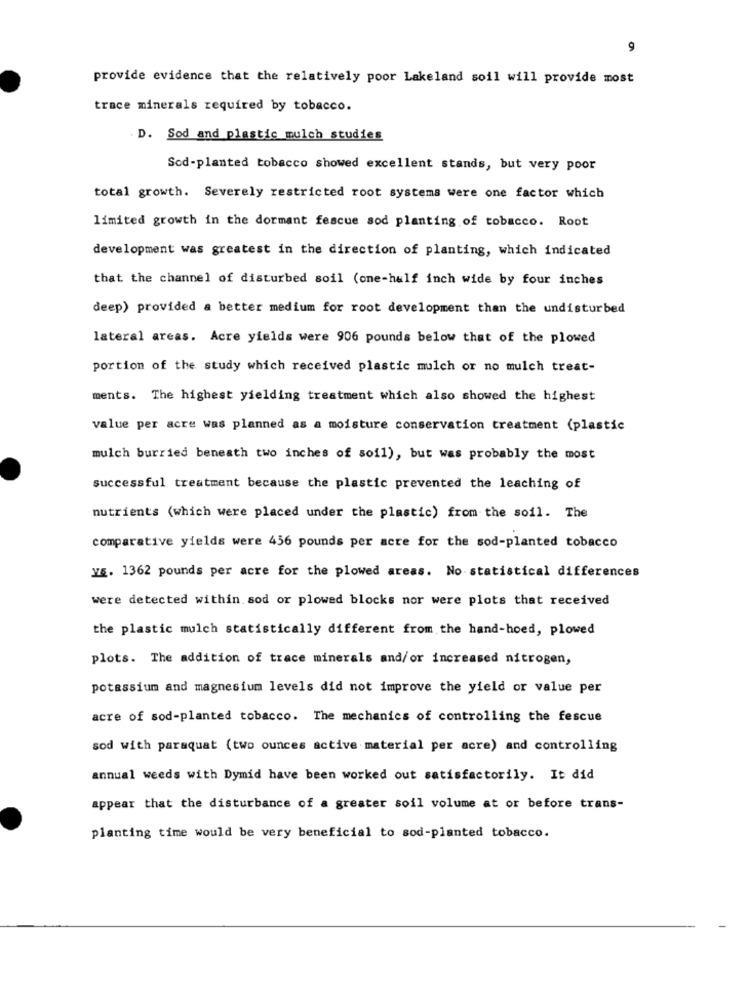
9
provide evidence that the relatively poor Lakeland soil will provide most
trace minerals required by tobacco.
. D. Sod and plastic mulch studies
Scd-planted tobacco showed excellent stands, but very poor
total growth. Severely restricted root systems were one factor which
limited growth in the dormant fescue sod planting of tobacco. Root
development was greatest in the direction of planting, which indicated
that the channel of disturbed soil (one-half inch wide by four inches
deep) provided a better medium for root development than the undisturbed
lateral areas. Acre yields were 906 pounds below that of the plowed
portion of the study which received plastic mulch or no mulch treat-
ments. The highest yielding treatment which also showed the highest
value per acre was planned as a moisture conservation treatment (plastic
mulch burried beneath two inches of soil), but was probably the most
successful treatment because the plastic prevented the leaching of
nutrients (which were placed under the plastic) from the soil. The
comparative yields were 456 pounds per acre for the sod-planted tobacco
YS. 1362 pounds per acre for the plowed areas. No statistical differences
were detected within sod or plowed blocks nor were plots that received
the plastic mulch statistically different from the hand-hoed, plowed
plots. The addition of trace minerals and/or increased nitrogen,
potassium and magnesium levels did not improve the yield or value per
acre of sod-planted tobacco. The mechanics of controlling the fescue
sod with paraquat (two ounces active material per acre) and controlling
annual weeds with Dymid have been worked out satisfactorily. It did
appear that the disturbance of a greater soil volume at or before trans-
planting time would be very beneficial to sod-planted tobacco.